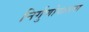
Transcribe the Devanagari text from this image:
निर्गुणोपासना